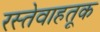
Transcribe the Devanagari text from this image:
रस्तेवाहतूक